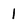
Character: 1